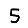
Digit: 5